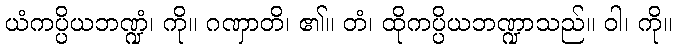
ယံကပ္ပိယဘဏ္ဍံ၊ ကို။ ဂဏှာတိ၊ ၏။ တံ၊ ထိုကပ္ပိယဘဏ္ဍာသည်။ ဝါ၊ ကို။